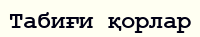
Табиғи қорлар